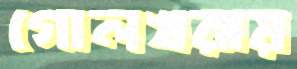
গোলখরায়